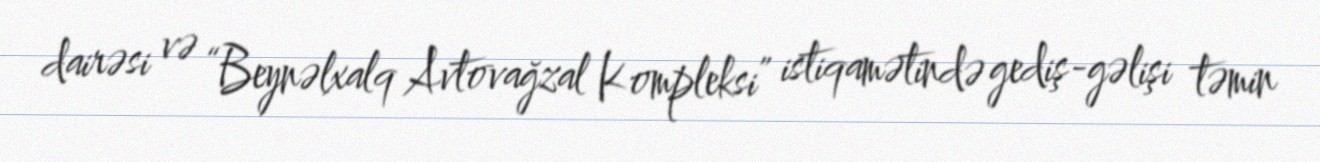
dairəsi və “Beynəlxalq Avtovağzal Kompleksi” istiqamətində gediş-gəlişi təmin